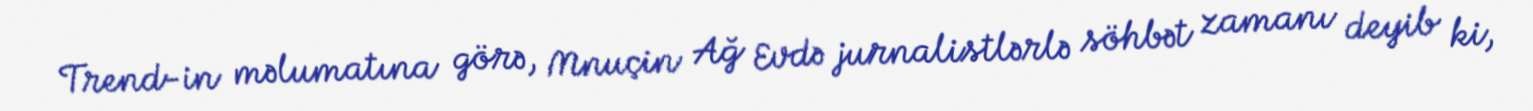
Trend-in məlumatına görə, Mnuçin Ağ Evdə jurnalistlərlə söhbət zamanı deyib ki,